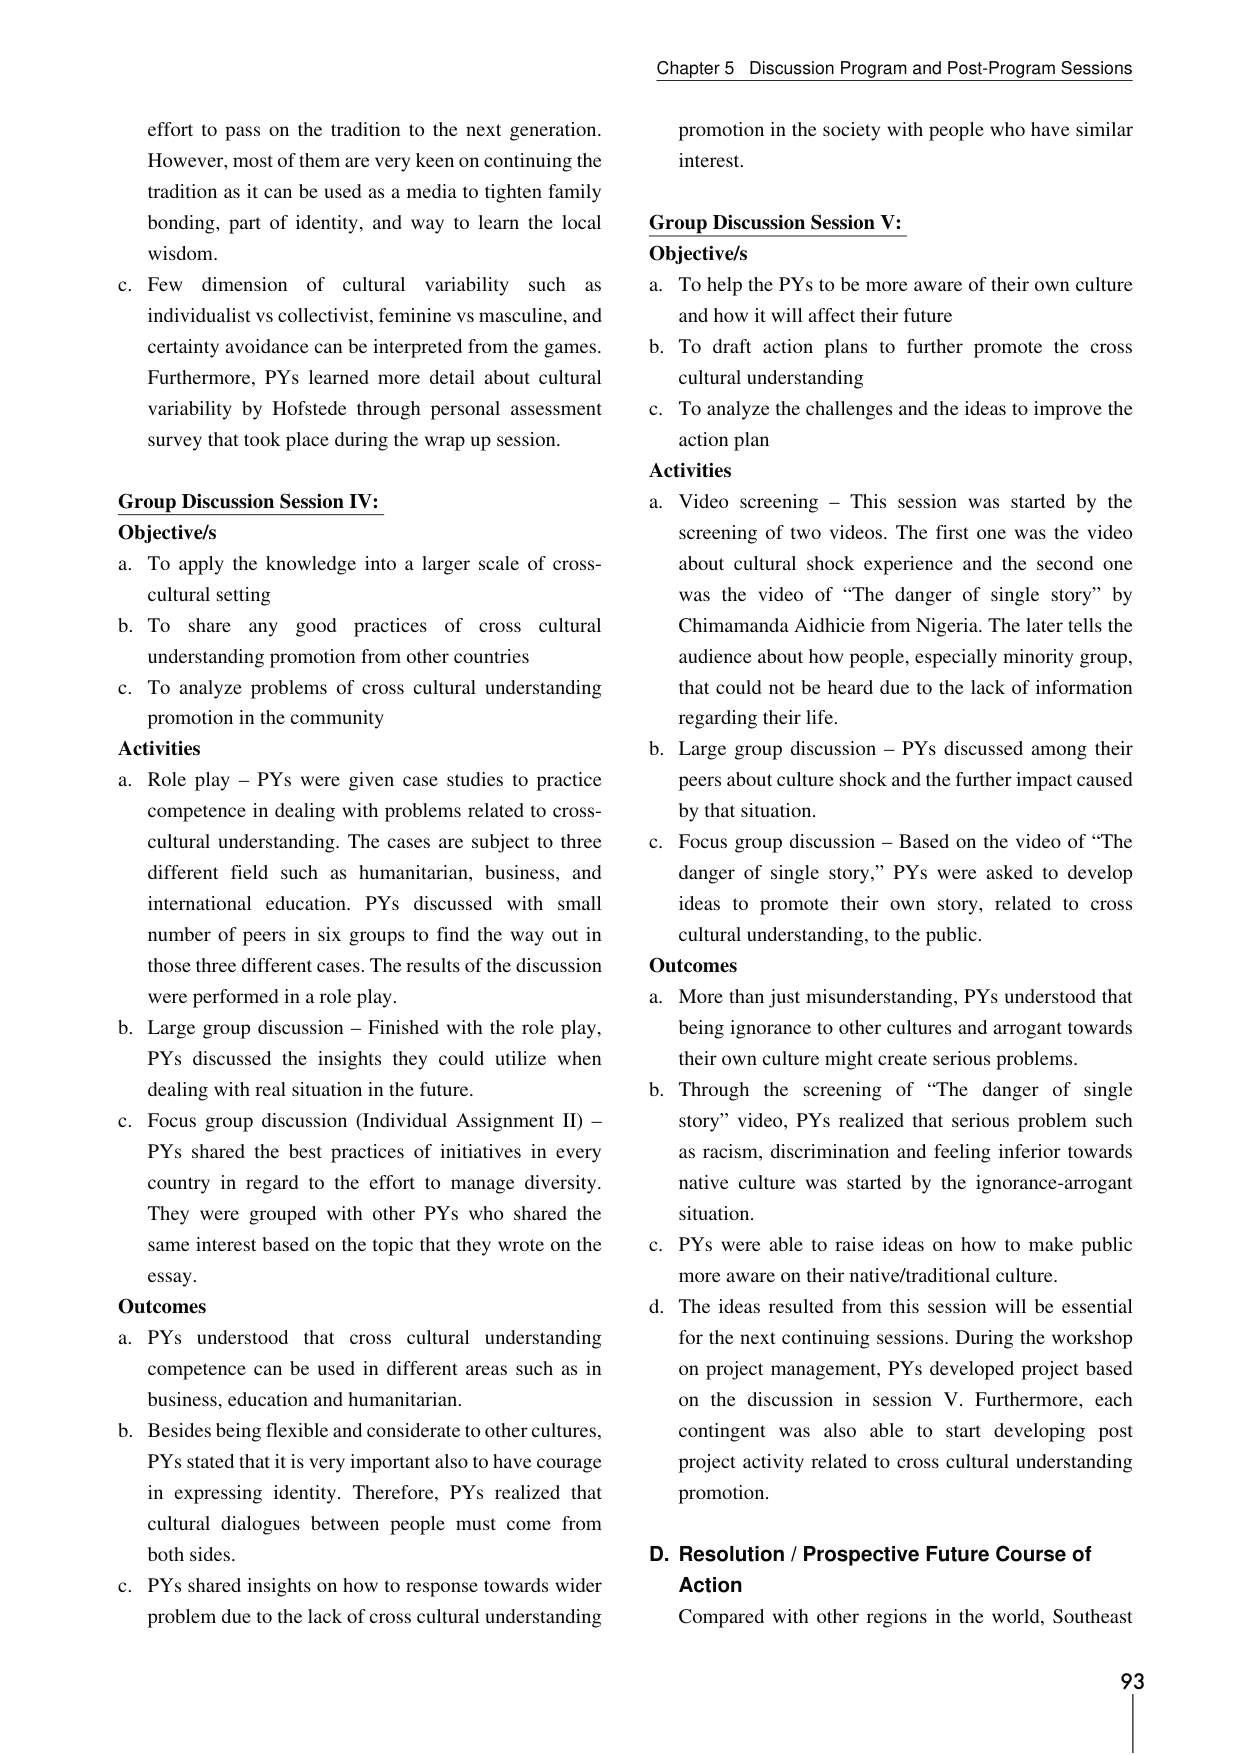
Chapter 5 Discussion Program and Post-Program Sessions

effort to pass on the tradition to the next generation. However, most of them are very keen on continuing the tradition as it can be used as a media to tighten family bonding, part of identity, and way to learn the local wisdom.

c. Few dimension of cultural variability such as individualist vs collectivist, feminine vs masculine, and certainty avoidance can be interpreted from the games. Furthermore, PYs learned more detail about cultural variability by Hofstede through personal assessment survey that took place during the wrap up session.

Group Discussion Session IV:
Objective/s
a. To apply the knowledge into a larger scale of cross-cultural setting
b. To share any good practices of cross cultural understanding promotion from other countries
c. To analyze problems of cross cultural understanding promotion in the community

Activities
a. Role play – PYs were given case studies to practice competence in dealing with problems related to cross-cultural understanding. The cases are subject to three different field such as humanitarian, business, and international education. PYs discussed with small number of peers in six groups to find the way out in those three different cases. The results of the discussion were performed in a role play.
b. Large group discussion – Finished with the role play, PYs discussed the insights they could utilize when dealing with real situation in the future.
c. Focus group discussion (Individual Assignment II) – PYs shared the best practices of initiatives in every country in regard to the effort to manage diversity. They were grouped with other PYs who shared the same interest based on the topic that they wrote on the essay.

Outcomes
a. PYs understood that cross cultural understanding competence can be used in different areas such as in business, education and humanitarian.
b. Besides being flexible and considerate to other cultures, PYs stated that it is very important also to have courage in expressing identity. Therefore, PYs realized that cultural dialogues between people must come from both sides.
c. PYs shared insights on how to response towards wider problem due to the lack of cross cultural understanding

promotion in the society with people who have similar interest.

Group Discussion Session V:
Objective/s
a. To help the PYs to be more aware of their own culture and how it will affect their future
b. To draft action plans to further promote the cross cultural understanding
c. To analyze the challenges and the ideas to improve the action plan

Activities
a. Video screening – This session was started by the screening of two videos. The first one was the video about cultural shock experience and the second one was the video of “The danger of single story” by Chimamanda Aidhicie from Nigeria. The later tells the audience about how people, especially minority group, that could not be heard due to the lack of information regarding their life.
b. Large group discussion – PYs discussed among their peers about culture shock and the further impact caused by that situation.
c. Focus group discussion – Based on the video of “The danger of single story,” PYs were asked to develop ideas to promote their own story, related to cross cultural understanding, to the public.

Outcomes
a. More than just misunderstanding, PYs understood that being ignorance to other cultures and arrogant towards their own culture might create serious problems.
b. Through the screening of “The danger of single story” video, PYs realized that serious problem such as racism, discrimination and feeling inferior towards native culture was started by the ignorance-arrogant situation.
c. PYs were able to raise ideas on how to make public more aware on their native/traditional culture.
d. The ideas resulted from this session will be essential for the next continuing sessions. During the workshop on project management, PYs developed project based on the discussion in session V. Furthermore, each contingent was also able to start developing post project activity related to cross cultural understanding promotion.

D. Resolution / Prospective Future Course of Action
Compared with other regions in the world, Southeast

93